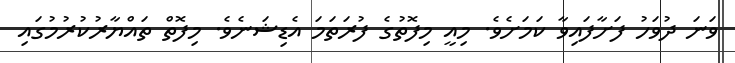
ވަނަ ދުވަހު ފަށާފައިވާ ކަމަށެވެ. މިއީ މިފޮތުގެ ފުރަތަމަ އެޑިޝަނެވެ. މިފޮތް ތައްޔާރުކުރުމުގައި